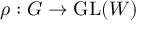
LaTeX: \rho : G \to { \mathrm { G L } } ( W )